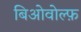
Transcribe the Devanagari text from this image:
बिओवोल्फ़